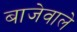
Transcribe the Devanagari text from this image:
बाजेवाले